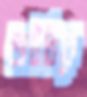
অটবিকে